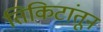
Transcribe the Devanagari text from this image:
तिकिटांतून